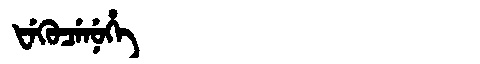
Manchu: ᡶᡝᡴᡠᠴᡝᠨᡠᡥᡝ
Romanization: FEKUCENUHE